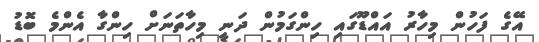
އޭގެ ފަހުން މިހާރު އައްޑޫގައި ހިންގަމުން ދަނީ މިހާތަނަށް ހިންގާ އެންމެ ބޮޑު